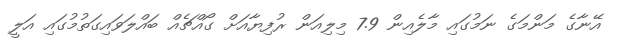
އޭނާގެ މަންމަގެ ނަމުގައި މާލެއިން 7.9 މިލިއަން ރުފިޔާއަށް ގޯއްޗެއް ބައްލަވައިގަތުމުގައި އަލީ